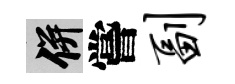
并嘗副